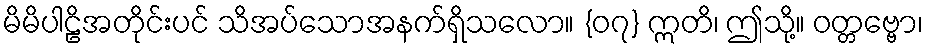
မိမိပါဠိအတိုင်းပင် သိအပ်သောအနက်ရှိသလော။ {၀၇} ဣတိ၊ ဤသို့။ ဝတ္တဗ္ဗော၊